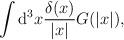
LaTeX: \begin{align*}\int {\rm d}^{3}x\frac{\delta (x)}{|x|}G(|x|), \end{align*}